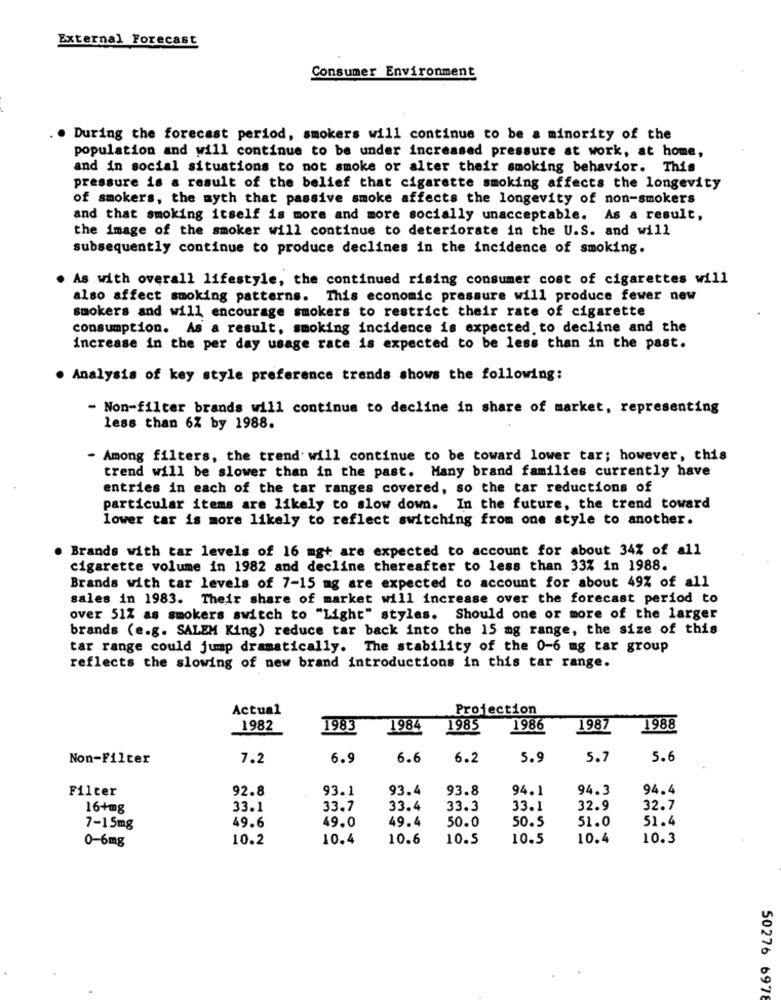
External Forecast
Consumer Environment
During the forecast period, smokers will continue to be a minority of the
population and will continue to be under increased pressure at work, at home,
and in social situations to not smoke or alter their smoking behavior. This
pressure is a result of the belief that cigarette smoking affects the longevity
of smokers, the myth that passive smoke affects the longevity of non-smokers
and that smoking itself is more and more socially unacceptable. As a result,
the image of the smoker will continue to deteriorate in the U.S. and will
subsequently continue to produce declines in the incidence of smoking.
As with overall lifestyle, the continued rising consumer cost of cigarettes will
also affect smoking patterns. This economic pressure will produce fewer new
smokers and will encourage smokers to restrict their rate of cigarette
consumption. As a result, smoking incidence is expected to decline and the
increase in the per day usage rate is expected to be less than in the past.
. Analysis of key style preference trends shows the following:
- Non-filter brands will continue to decline in share of market, representing
less than 6% by 1988.
- Among filters, the trend will continue to be toward lower tar; however, this
trend will be slower than in the past. Many brand families currently have
entries in each of the tar ranges covered, so the tar reductions of
particular items are likely to slow down. In the future, the trend toward
lower tar is more likely to reflect switching from one style to another.
Brands with tar levels of 16 mgt are expected to account for about 34% of all
cigarette volume in 1982 and decline thereafter to less than 33% in 1988.
Brands with tar levels of 7-15 mg are expected to account for about 49% of all
sales in 1983. Their share of market will increase over the forecast period to
over 51% as smokers switch to "Light" styles. Should one or more of the larger
brands (e.g. SALEM King) reduce tar back into the 15 mg range, the size of this
tar range could jump dramatically. The stability of the 0-6 mg tar group
reflects the slowing of new brand introductions in this tar range.
Actual
Projection
1982
1983
1984
1985
1986
1987
1988
Non-Filter
7.2
6.9
6.6
6.2
5.9
5.7
5.6
Filter
92.8
93.1
93.4
93.8
94.1
94.3
94.4
16+mg
33.1
33.7
33.4
33.3
33.1
32.9
32.7
49.4
50.0
50.5
51.0
51.4
7-15mg
49.6
49.0
10.2
10.4
10.6
10.5
10.5
10.4
10.3
0-6mg
50276 6978